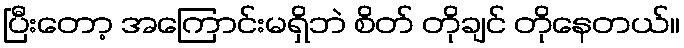
ပြီးတော့ အကြောင်းမရှိဘဲ စိတ် တိုချင် တိုနေတယ်။